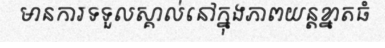
មានការទទួលស្គាល់នៅក្នុងភាពយន្តខ្នាតធំ